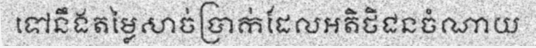
ទៅនឹងតម្លៃសាច់ប្រាក់ដែលអតិថិជនចំណាយ